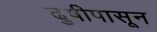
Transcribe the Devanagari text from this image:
ढुषीपासून